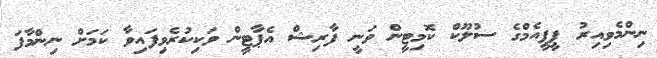
ނިންމެވިއިރު ޕީޕީއެމްގެ ސުލޫކް ކޮމިޓީން ވަނީ ފާރިޝް އެޕާޓީން ވަކިކުރެވިފައިވާ ކަމަށް ނިންމާފަ